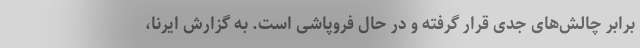
برابر چالش‌های جدی قرار گرفته و در حال فروپاشی است. به گزارش ایرنا،